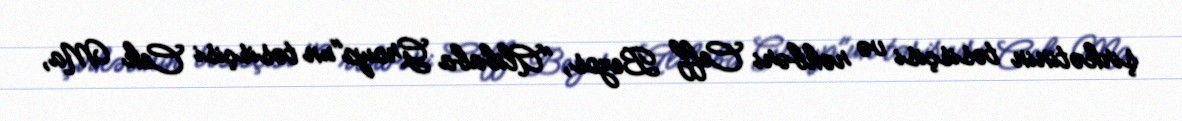
şirkətinin təsisçisi və rəhbəri Ceff Bezos, "Alibaba Group"un təsisçisi Cek Ma,